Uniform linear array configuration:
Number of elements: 24
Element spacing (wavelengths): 0.5
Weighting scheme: uniform
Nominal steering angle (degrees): -60
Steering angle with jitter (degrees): -59.213
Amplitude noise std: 0.05
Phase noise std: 0.05

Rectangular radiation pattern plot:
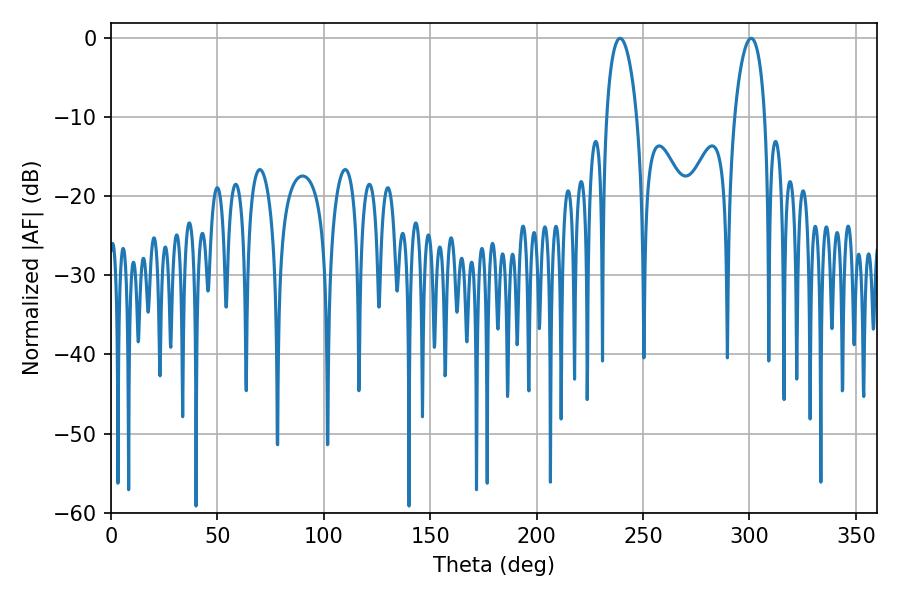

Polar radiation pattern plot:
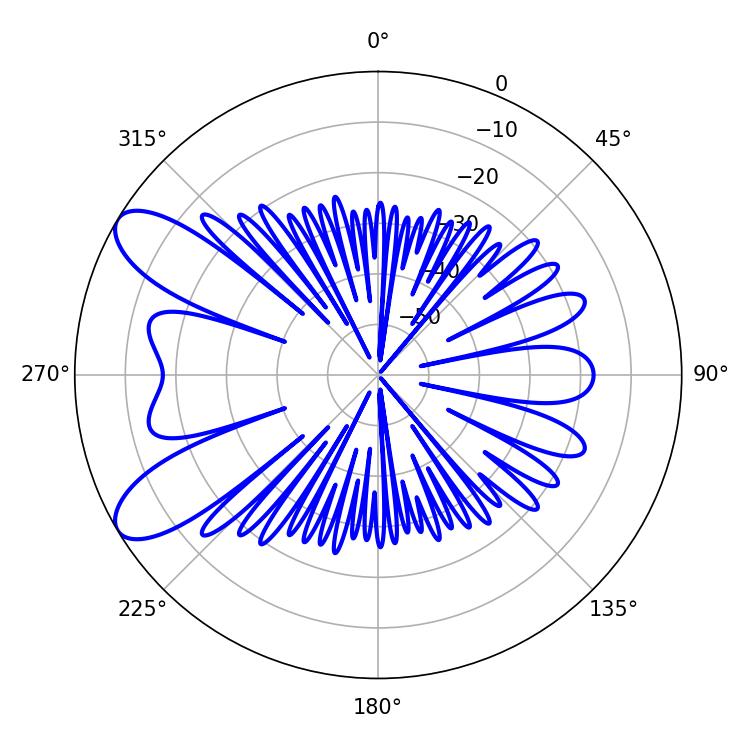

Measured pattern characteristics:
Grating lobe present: FALSE
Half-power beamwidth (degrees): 8.1
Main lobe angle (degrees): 239.22